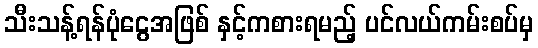
သီးသန့်ရန်ပုံငွေအဖြစ် နှင့်ကစားရမည့် ပင်လယ်ကမ်းစပ်မှ